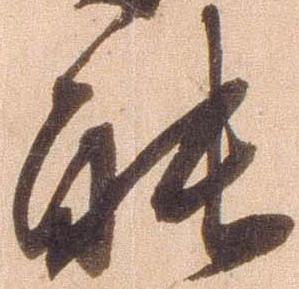
能